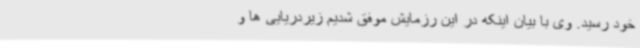
خود رسید. وی با بیان اینکه در این رزمایش موفق شدیم زیردریایی ها و